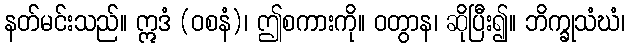
နတ်မင်းသည်။ ဣဒံ (ဝစနံ)၊ ဤစကားကို။ ဝတွာန၊ ဆိုပြီး၍။ ဘိက္ခုသံဃံ၊